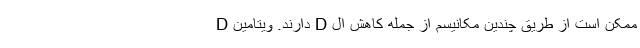
D دارند. ویتامین D ممکن است از طریق چندین مکانیسم از جمله کاهش ال